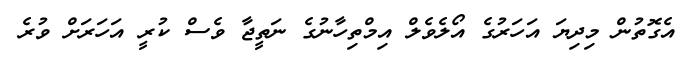
އެގޮތުން މިދިޔަ އަހަރުގެ އޯލެވެލް އިމްތިހާނުގެ ނަތީޖާ ވެސް ކުރީ އަހަރަށް ވުރެ